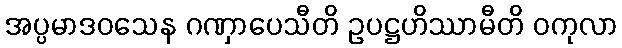
အပ္ပမာဒဝသေန ဂဏှာပေသီတိ ဥပဋ္ဌဟိဿာမီတိ ဝကုလာ